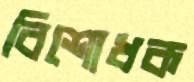
বিশোধক